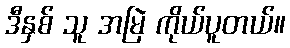
ဒီနှစ် သူ အမြဲ ကိုယ်ပူတယ်။